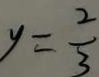
y = \frac { 2 } { 3 }